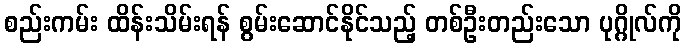
စည်းကမ်း ထိန်းသိမ်းရန် စွမ်းဆောင်နိုင်သည့် တစ်ဦးတည်းသော ပုဂ္ဂိုလ်ကို